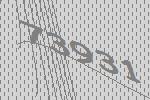
73931